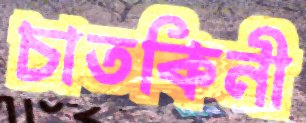
চাতকিনী